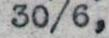
30/6,